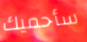
سأحميك